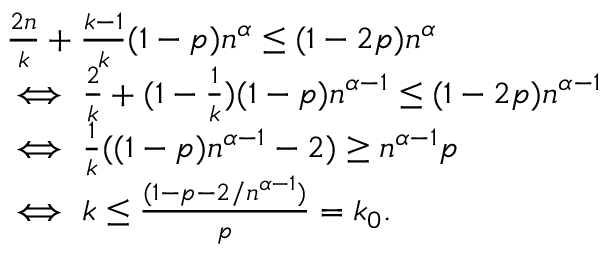
\begin{array} { r l } & { \frac { 2 n } { k } + \frac { k - 1 } { k } ( 1 - p ) n ^ { \alpha } \leq ( 1 - 2 p ) n ^ { \alpha } } \\ & { \iff \frac { 2 } { k } + ( 1 - \frac { 1 } { k } ) ( 1 - p ) n ^ { \alpha - 1 } \leq ( 1 - 2 p ) n ^ { \alpha - 1 } } \\ & { \iff \frac { 1 } { k } ( ( 1 - p ) n ^ { \alpha - 1 } - 2 ) \geq n ^ { \alpha - 1 } p } \\ & { \iff k \leq \frac { ( 1 - p - 2 / n ^ { \alpha - 1 } ) } { p } = k _ { 0 } . } \end{array}